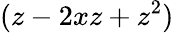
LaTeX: (z-2xz+z^{2})